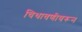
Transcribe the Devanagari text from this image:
चिथावणीवरून